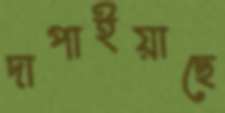
দাপাইয়াছে